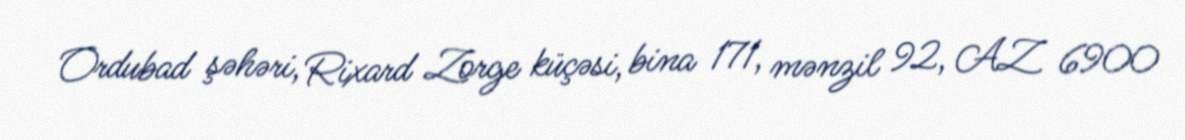
Ordubad şəhəri, Rixard Zorge küçəsi, bina 171, mənzil 92, AZ 6900